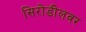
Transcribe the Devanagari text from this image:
सिरोडीलवर